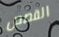
القصص